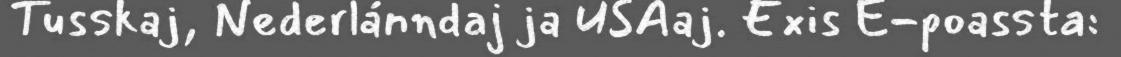
Tusskaj, Nederlánndaj ja USAaj. Exis E-poassta: